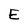
Character: E